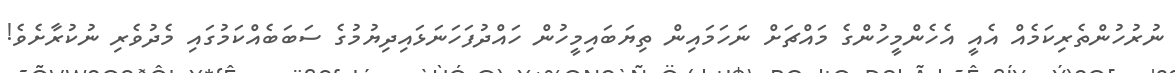
ނުރުހުންތެރިކަމެއް އެއީ އެހެންމީހުންގެ މައްޗަށް ނަހަމައިން ތިޔަބައިމީހުން ހައްދުފަހަނަޅައިދިޔުމުގެ ސަބަބެއްކަމުގައި މެދުވެރި ނުކުރާށެވެ!